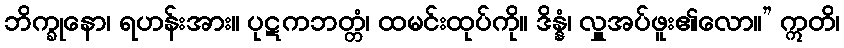
ဘိက္ခုနော၊ ရဟန်းအား။ ပုဋကဘတ္တံ၊ ထမင်းထုပ်ကို။ ဒိန္နံ၊ လှူအပ်ဖူး၏လော။” ဣတိ၊